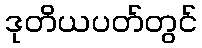
ဒုတိယပတ်တွင်